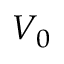
V _ { 0 }